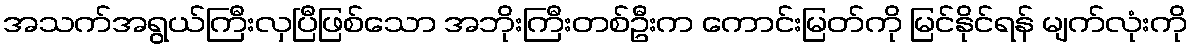
အသက်အရွယ်ကြီးလှပြီဖြစ်သော အဘိုးကြီးတစ်ဦးက ကောင်းမြတ်ကို မြင်နိုင်ရန် မျက်လုံးကို